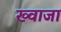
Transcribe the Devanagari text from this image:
ख्‍वाजा